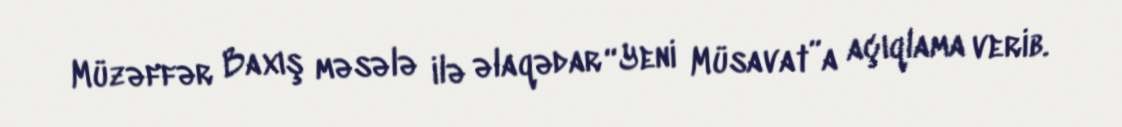
Müzəffər Baxış məsələ ilə əlaqədar “Yeni Müsavat”a açıqlama verib.